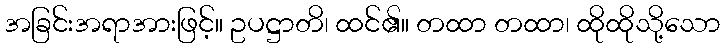
အခြင်းအရာအားဖြင့်။ ဥပဋ္ဌာတိ၊ ထင်၏။ တထာ တထာ၊ ထိုထိုသို့သော